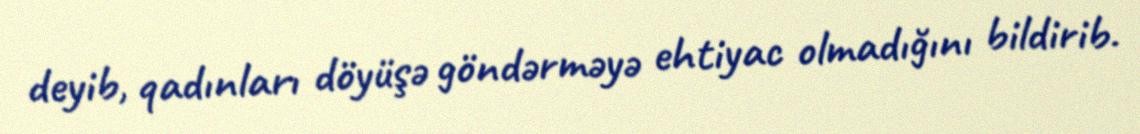
deyib, qadınları döyüşə göndərməyə ehtiyac olmadığını bildirib.